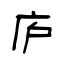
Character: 庐